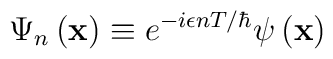
\Psi _n\left( \mathbf{x}\right) \equiv e^{-i\epsilon nT/\hbar }\psi \left( \mathbf{x}\right)